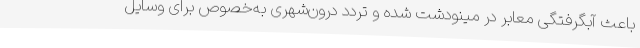
باعث آبگرفتگی معابر در مینودشت شده و تردد درون‌شهری به‌خصوص برای وسایل